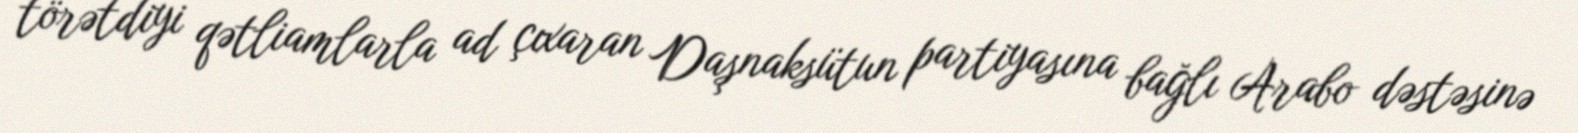
törətdiyi qətliamlarla ad çıxaran Daşnaksütun partiyasına bağlı Arabo dəstəsinə